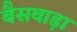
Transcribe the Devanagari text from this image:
बैसवाड़ा